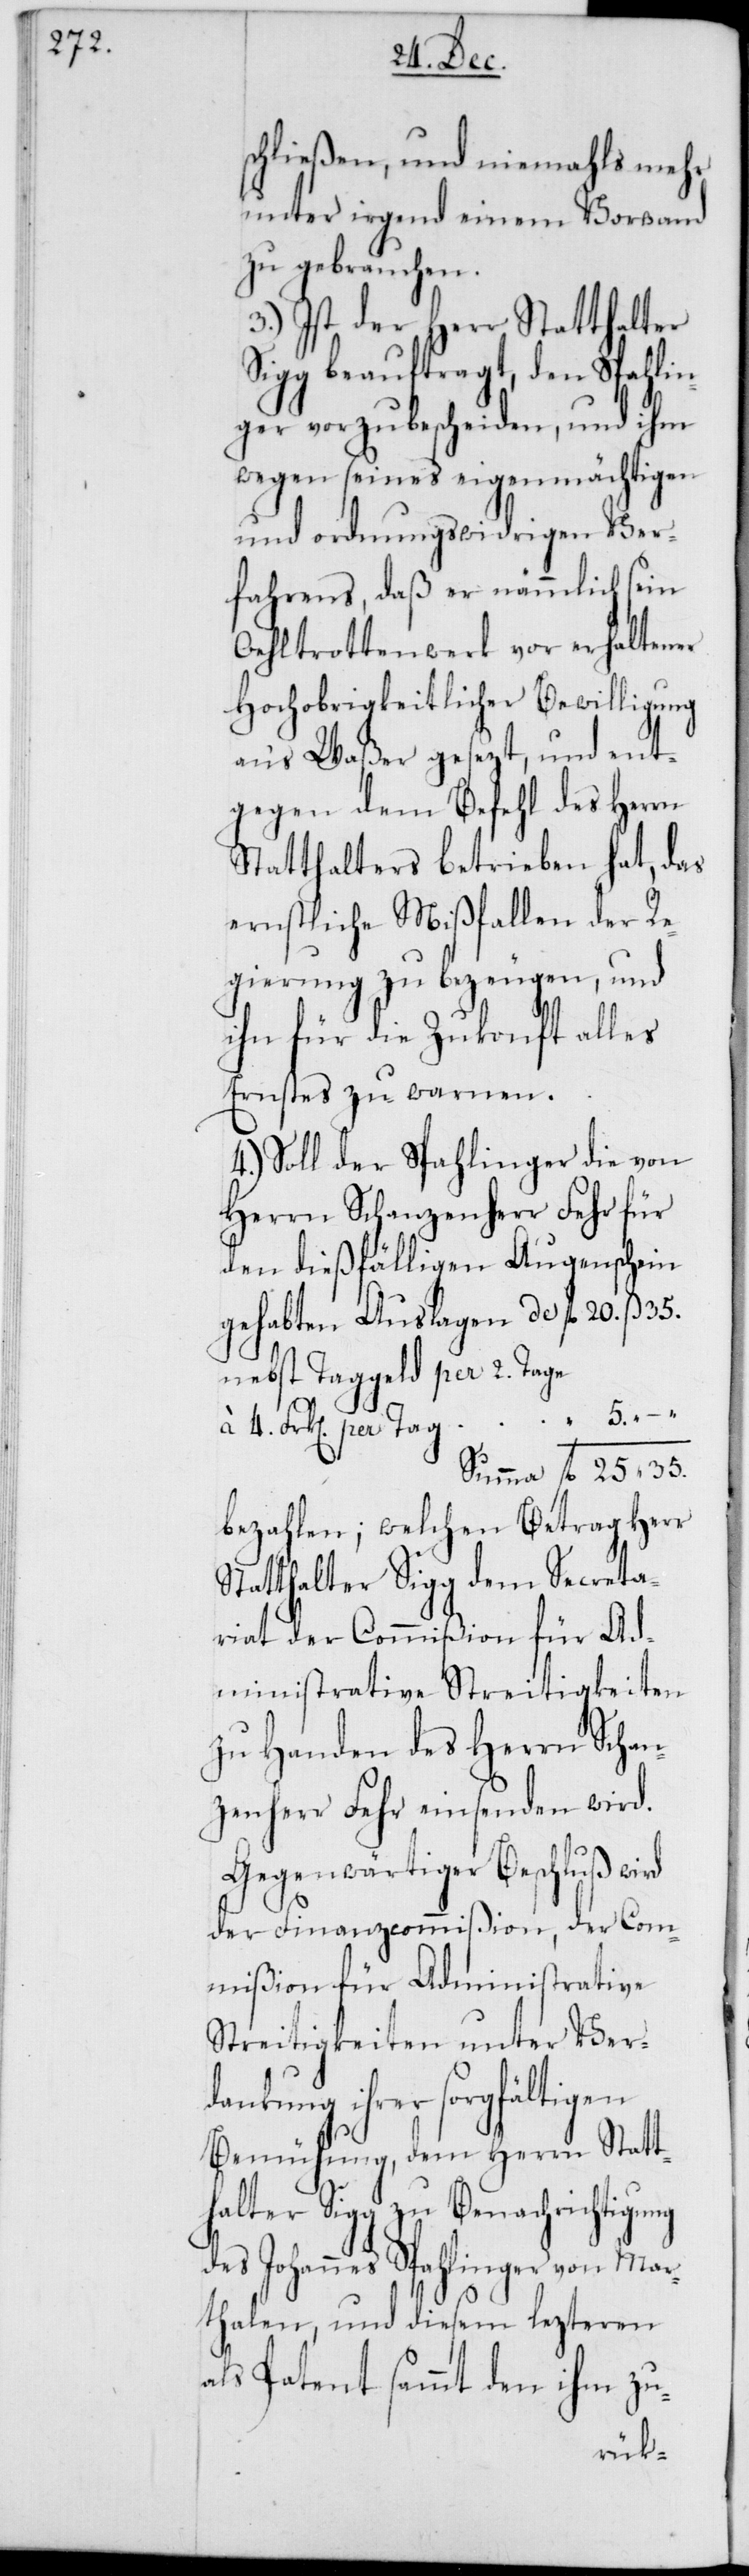
schließen, und niemahls mehr
unter irgend einem Vorwand
zu gebrauchen.
3.) Ist der Herr Statthalter
beauftragt, den Spahli¬
nger vorzubescheiden, und ihm
wegen seines eigenmächtigen
und ordnungswidrigen Ver¬
fahrens, daß er nämmlich sein
Oehltrottenwerk vor erhaltener
Hochobrigkeitlicher Bewilligung
an‘s Waßer gesezt, und ent¬
gegen dem Befehl des Herrn
Statthalters betrieben hat, das
ernstliche Mißfallen der Re¬
gierung zu bezeugen, und
ihn für die Zukonft alles
Ernstes zu warnen.
4.) Soll der Spahlinger die von
Herrn Schanzenherr Fehr für
den dießfälligen Augenschein
nebst Taggeld per 2. Tage
4. Frk[en] per Tag
bezahlen; welchen Betrag Herr
Statthalter Sigg dem Secreta¬
riat der Commißion für Ad¬
ministrative Streitigkeiten
zu Handen des Herrn Schan¬
zenherr Fehr einsenden wird.
Gegenwärtiger Beschluß wird
der Finanzcommißion, der Com¬
mißion für Administrative
Streitigkeiten unter Verd¬
ung ihrer sorgfältigen
Bemühung, dem Herrn Statt¬
halter Sigg zu Benachrichtigung
des Johannes Spahlinger von Mar¬
thalen, und diesem lezteren
als Patent sammt den ihm zu-
ank¬